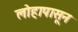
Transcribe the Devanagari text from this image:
लोहापासून